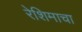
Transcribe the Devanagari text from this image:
रेशिमाचा